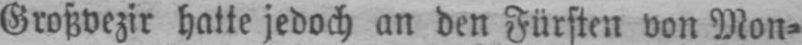
Großvezir hatte jedoch an den Fürsten von Mon⸗